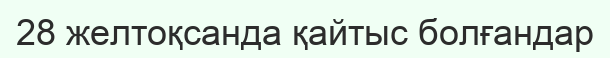
28 желтоқсанда қайтыс болғандар